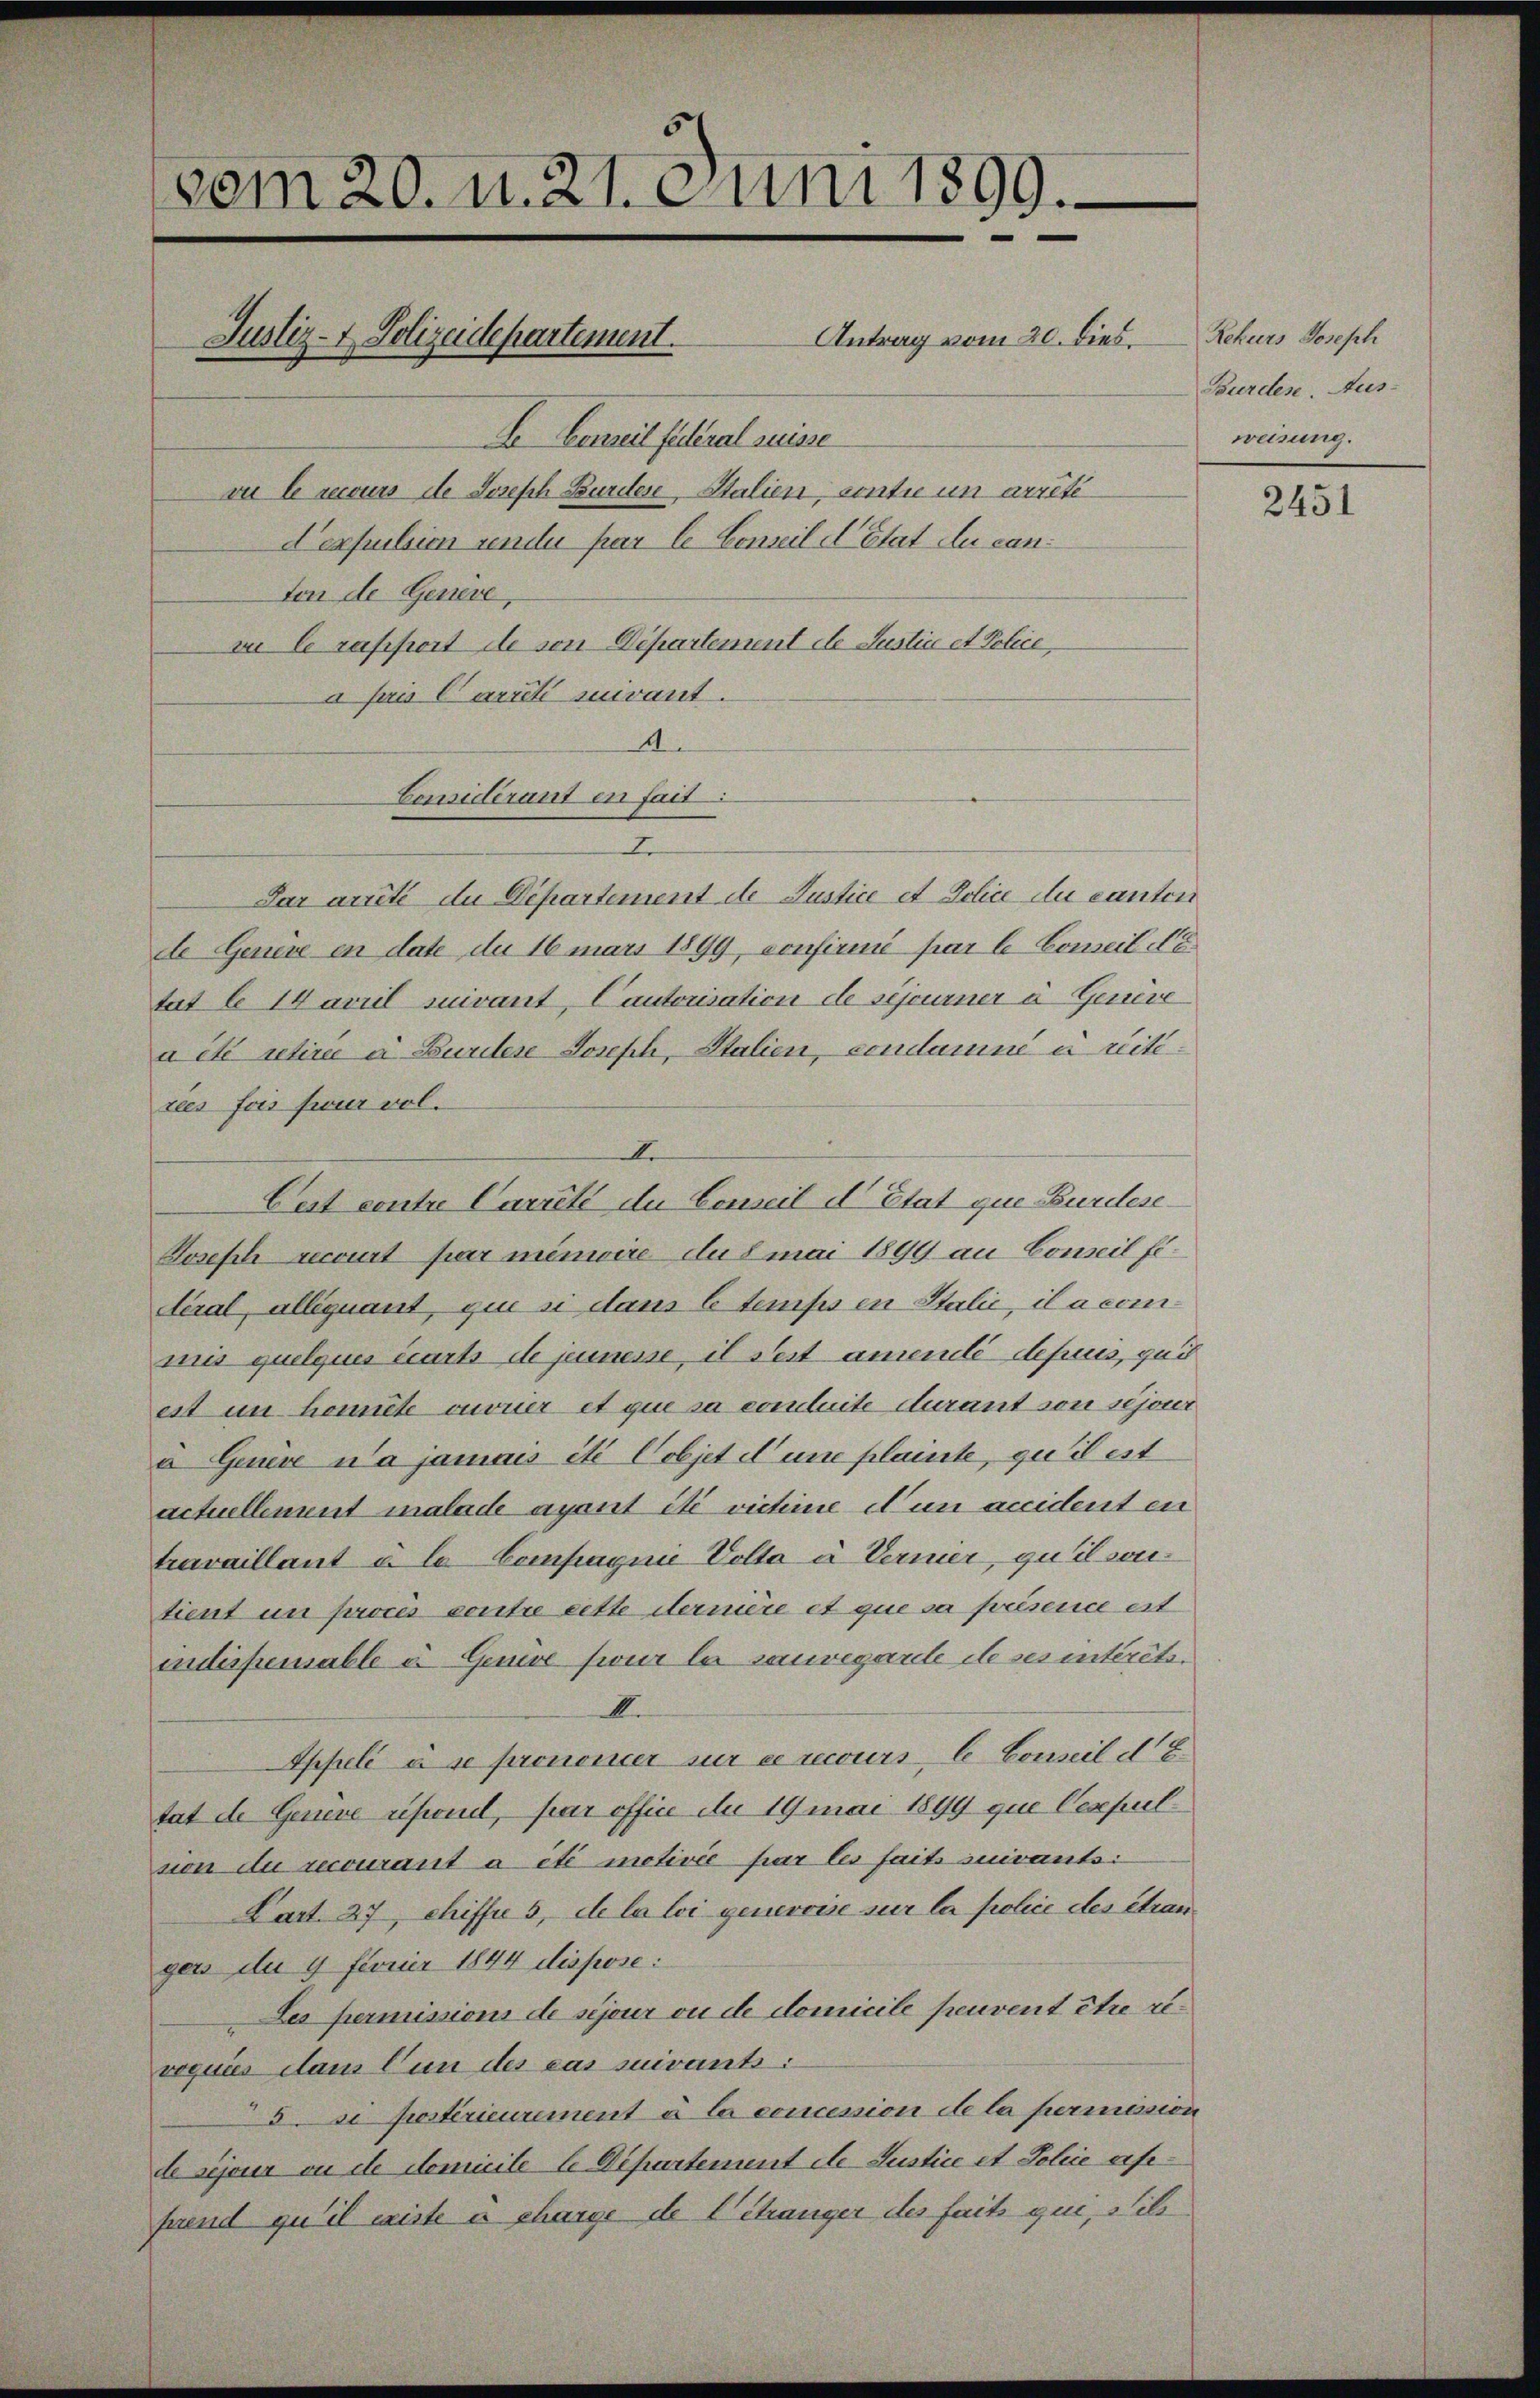
vom 20. u. 21. Juni 1899.
Antrag vom 20. dies
Justiz- & Polizeidepartement.
E Beweil sichteral suisse
vu le recours de Joseph Burden, Stalien, contie un arrete
Nexpulsion sendu par le Conseil d’Etat du can¬

ton de Genere,
in le raffiert de von Departement de Justic et Police,
a fau Cariti suivant.
d
Considérant en fait
I
Par arrité du Departement de Justice et Police du canten
de Genève en date de 16 mars 1899, confirmé par le Conseil de
tat 6 Havril suivant, Cautorisation de sepurner à Genève
a été retirée a Burdes Joseph, Stalien, condamne u reitiries fois four vol.
I.
Lest contre Carreté du Conseil d. Etat que Bundese¬
Joseph recourt par minire du mai 1899 an Conseil fidéral, alliquant, que si dans le temps in Stalić, il a commis quelques écarts de jenesse, il seit amenté depuis, qui
est im honnete anoner et que sa conleite durant von schont
a Genere da jamais et Cobjet d’une plainte, qu’il est
actuellement malade ayant été vichine Nun accident en
travaillant à la Compagnie Volta à Vermer, qu’il sontient in proces contre eitte Sternière et que sa présence est
idispensable à Gemde sur la souvegarte de ses intérêts.
K.
Sppelé à se prononcer sur circours, C. Conseil d. 8
tat de Genève riporel, par office du 19 mai 1899 que Gespiel
sion du recourant a été motivée par les faits suivantsi
Lart. 27, Chiffes, de la loi genervise sur la folice des étran
gers du 9 Ferner 1844 dispose:
Les permissions de sijour ou de domicile peuvent être revoquées dans Cun des cas suivants:
5se postérieurement à la concession de la permission
le sijour an de domicile le Departement de Justice et Polie afefrend qu’il existe à charge de l’étranger des faits qui, Sils

Rekurs Joseph
Burdes, Aus-
weisung.

2451